Report on vaccination in the Province of Bengal - 1869-1873
Year: 1869
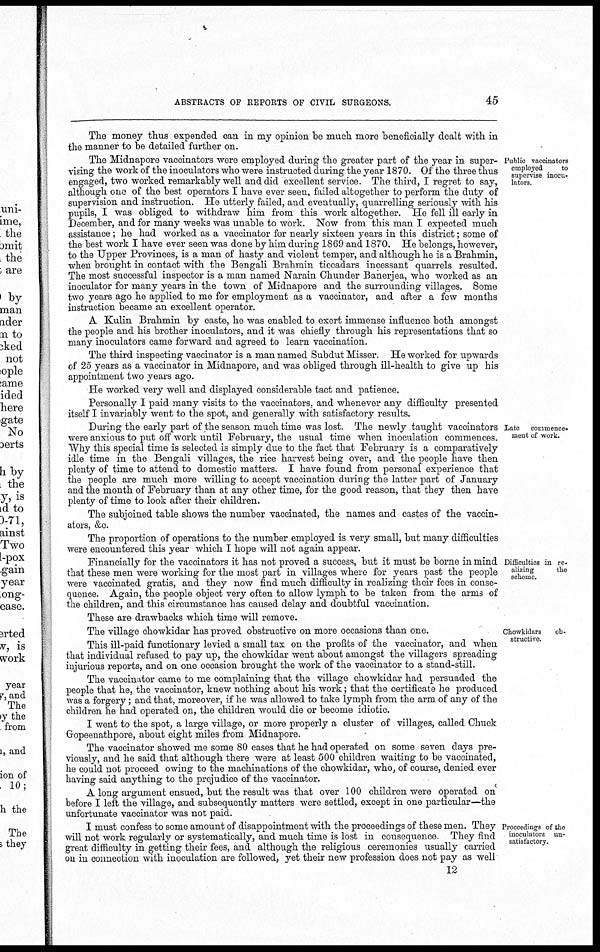
ABSTRACTS OF REPORTS OF CIVIL SURGEONS.
45
The money thus expended can in my opinion be much more beneficially dealt with in
the manner to be detailed further on.
Public vaccinators
employed
to
supervise inocu-
lators.
The Midnapore vaccinators were employed during the greater part of the year in super-
vising the work of the inoculators who were instructed during the year 1870. Of the three thus
engaged, two worked remarkably well and did excellent service. The third, I regret to say,
although one of the best operators I have ever seen, failed altogether to perform the duty of
supervision and instruction. He utterly failed, and eventually, quarrelling seriously with his
pupils, I was obliged to withdraw him from this work altogether. He fell ill early in
December, and for many weeks was unable to work. Now from this man I expected much
assistance; he had worked as a vaccinator for nearly sixteen years in this district; some of
the best work I have ever seen was done by him during 1869 and 1870. He belongs, however,
to the Upper Provinces, is a man of hasty and violent temper, and although he is a Brahmin,
when brought in contact with the Bengali Brahmin ticcadars incessant quarrels resulted.
The most successful inspector is a man named Narain Chunder Banerjea, who worked as an
inoculator for many years in the town of Midnapore and the surrounding villages. Some
two years ago he applied to me for employment as a vaccinator, and after a few months
instruction became an excellent operator.
A Kulin Brahmin by caste, he was enabled to exert immense influence both amongst
the people and his brother inoculators, and it was chiefly through his representations that so
many inoculators came forward and agreed to learn vaccination.
The third inspecting vaccinator is a man named Subdut Misser. He worked for upwards
of 25 years as a vaccinator in Midnapore, and was obliged through ill-health to give up his
appointment two years ago.
He worked very well and displayed considerable tact and patience.
Personally I paid many visits to the vaccinators, and whenever any difficulty presented
itself I invariably went to the spot, and generally with satisfactory results.
Late commence¬
ment of work.
During the early part of the season much time was lost. The newly taught vaccinators
were anxious to put off work until February, the usual time when inoculation commences.
Why this special time is selected is simply due to the fact that February is a comparatively
idle time in the Bengali villages, the rice harvest being over, and the people have then
plenty of time to attend to domestic matters. I have found from personal experience that
the people are much more willing to accept vaccination during the latter part of January
and the month of February than at any other time, for the good reason, that they then have
plenty of time to look after their children.
The subjoined table shows the number vaccinated, the names and castes of the vaccin-
ators, &c.
The proportion of operations to the number employed is very small, but many difficulties
were encountered this year which I hope will not again appear.
Difficulties in re-
alizing
the
scheme.
Financially for the vaccinators it has not proved a success, but it must be borne in mind
that these men were working for the most part in villages where for years past the people
were vaccinated gratis, and they now find much difficulty in realizing their fees in conse-
quence. Again, the people object very often to allow lymph to be taken from the arms of
the children, and this circumstance has caused delay and doubtful vaccination.
These are drawbacks which time will remove.
Chowkidars
ob-
structive.
The village chowkidar has proved obstructive on more occasions than one.
This ill-paid functionary levied a small tax on the profits of the vaccinator, and when
that individual refused to pay up, the chowkidar went about amongst the villagers spreading
injurious reports, and on one occasion brought the work of the vaccinator to a stand-still.
The vaccinator came to me complaining that the village chowkidar had persuaded the
people that he, the vaccinator, knew nothing about his work; that the certificate he produced
was a forgery; and that, moreover, if he was allowed to take lymph from the arm of any of the
children he had operated on, the children would die or become idiotic.
I went to the spot, a large village, or more properly a cluster of villages, called Chuck
Gopeenathpore, about eight miles from Midnapore.
The vaccinator showed me some 80 cases that he had operated on some seven days pre-
viously, and he said that although there were at least 500 children waiting to be vaccinated,
he could not proceed owing to the machinations of the chowkidar, who, of course, denied ever
having said anything to the prejudice of the vaccinator.
A long argument ensued, but the result was that over 100 children were operated on
before I left the village, and subsequently matters were settled, except in one particular—the
unfortunate vaccinator was not paid.
Proceedings of the
inoculators un-
satisfactory.
I must confess to some amount of disappointment with the proceedings of these men. They
will not work regularly or systematically, and much time is lost in consequence. They find
great difficulty in getting their fees, and although the religious ceremonies usually carried
on in connection with inoculation are followed, yet their new profession does not pay as well
12